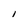
Character: I